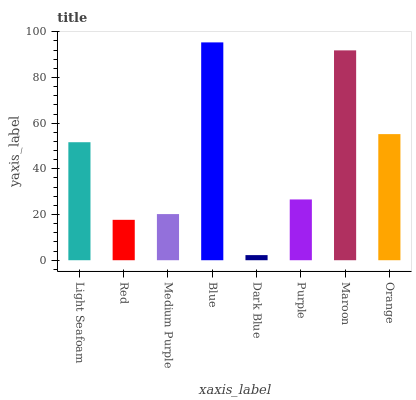
| xaxis_label | bars |
 | --- | --- |
 | Light Seafoam | 51.7 |
 | Red | 17.7 |
 | Medium Purple | 20.2 |
 | Blue | 95.4 |
 | Dark Blue | 2.24 |
 | Purple | 26.6 |
 | Maroon | 91.9 |
 | Orange | 55.2 |